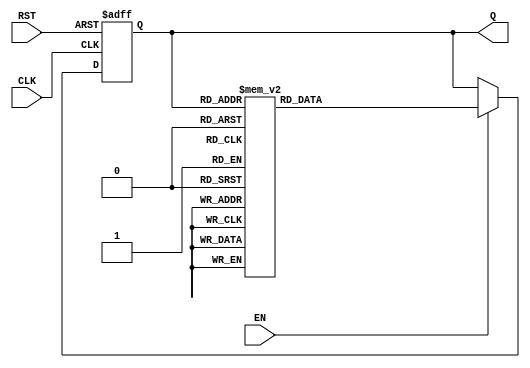
module async_counter (
    input wire CLK,     // Clock input
    input wire RST,     // Asynchronous reset
    input wire EN,      // Enable signal
    output reg [3:0] Q  // 4-bit output for the counter
);

    // Asynchronous counter logic
    always @(posedge CLK or posedge RST) begin
        if (RST) begin
            // Reset the counter to 0000
            Q <= 4'b0000;
        end
        else if (EN) begin
            // Count if enabled
            case (Q)
                4'b0000: Q <= 4'b0001;
                4'b0001: Q <= 4'b0010;
                4'b0010: Q <= 4'b0011;
                4'b0011: Q <= 4'b0100;
                4'b0100: Q <= 4'b0101;
                4'b0101: Q <= 4'b0110;
                4'b0110: Q <= 4'b0111;
                4'b0111: Q <= 4'b1000;
                4'b1000: Q <= 4'b1001;
                4'b1001: Q <= 4'b1010;
                4'b1010: Q <= 4'b1011;
                4'b1011: Q <= 4'b1100;
                4'b1100: Q <= 4'b1101;
                4'b1101: Q <= 4'b1110;
                4'b1110: Q <= 4'b1111;
                4'b1111: Q <= 4'b0000; // Roll over
                default: Q <= 4'b0000;
            endcase
        end
    end

endmodule